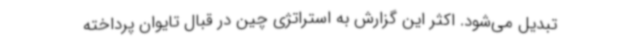
تبدیل می‌شود. اکثر این گزارش به استراتژی چین در قبال تایوان پرداخته